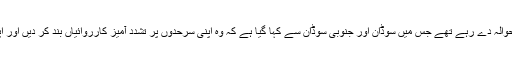
وہ اقوام متحدہ کی سلامتی کونسل کی دو مئی کی قرارداد کا حوالہ دے رہے تھے جس میں سوڈان اور جنوبی سوڈان سے کہا گیا ہے کہ وہ اپنی سرحدوں پر تشدد آمیز کارروائیاں بند کر دیں اور اپنے تصفیہ طلب تنازعات بات چیت کے ذریعے طے کریں۔